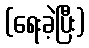
(ရေးခဲ့ပြီး)